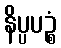
နိပ္ပပဉ္စံ